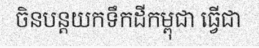
ចិនបន្តយកទឹកដីកម្ពុជា ធ្វើជា